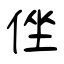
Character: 侳